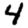
Digit: 4